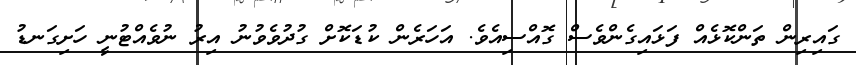
ގައިރިން ތަންކޮޅެއް ފަޅައިގެންވެސް ގޮއްސިއެވެ. އަހަރެން ކުޑަކޮށް ގުދުވެވުނު އިރު ނުވެއްޓުނީ ހަށިގަނޑު